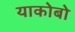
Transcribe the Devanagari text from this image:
याकोबो